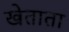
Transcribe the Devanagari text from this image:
खेताता